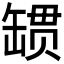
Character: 𰭄